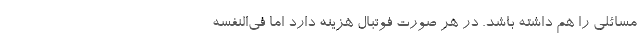
مسائلی را هم داشته باشد. در هر صورت فوتبال هزینه دارد اما فی‌النفسه